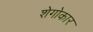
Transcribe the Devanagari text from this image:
शेगोकार